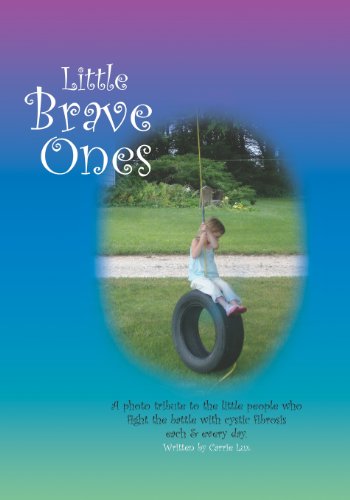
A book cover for Little Brave Ones: For Children Who Battle Cystic Fibrosis; Carrie Lux; Health, Fitness & Dieting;